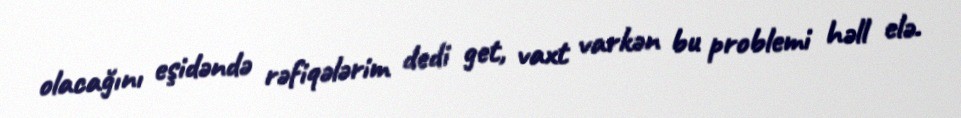
olacağını eşidəndə rəfiqələrim dedi get, vaxt varkən bu problemi həll elə.